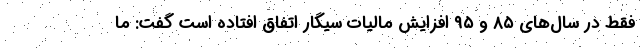
فقط در سال‌های ۸۵ و ۹۵ افزایش مالیات سیگار اتفاق افتاده است گفت: ما